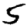
Digit: 5